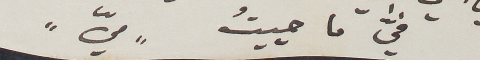
فيَّ ما حييتُ  "ميّ"